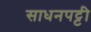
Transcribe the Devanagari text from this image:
साधनपट्टी